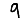
Digit: 9